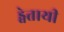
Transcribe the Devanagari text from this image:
ड्वेतायी